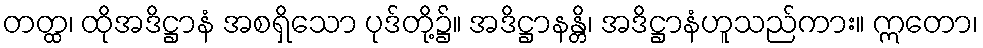
တတ္ထ၊ ထိုအဒိဋ္ဌာနံ အစရှိသော ပုဒ်တို့၌။ အဒိဋ္ဌာနန္တိ၊ အဒိဋ္ဌာနံဟူသည်ကား။ ဣတော၊